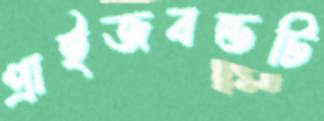
প্রাইজবন্ডটি